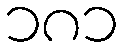
၁၈၁